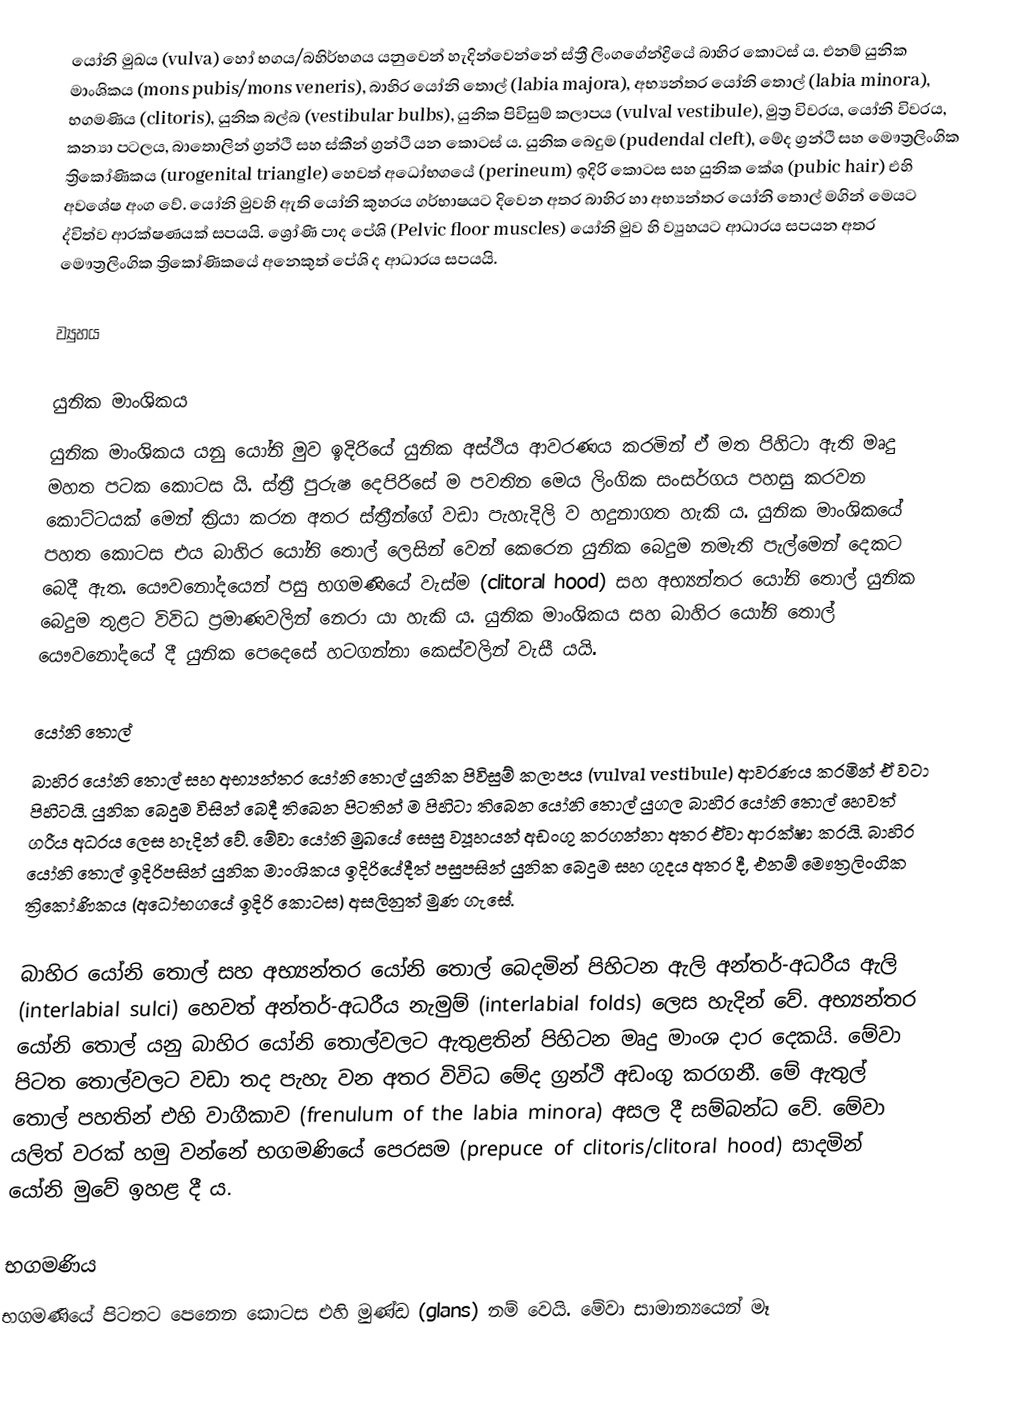
යෝනි මුඛය (vulva) හෝ භගය/බහිර්භගය යනුවෙන් හැදින්වෙන්නේ ස්ත්‍රී ලිංගගේන්ද්‍රියේ බාහිර කොටස් ය. එනම් යුනික මාංශිකය (mons pubis/mons veneris), බාහිර යෝනි තොල් (labia majora), අභ්‍යන්තර යෝනි තොල් (labia minora), භගමණිය (clitoris), යුනික බල්බ (vestibular bulbs), යුනික පිවිසුම් කලාපය (vulval vestibule), මුත්‍ර විවරය, යෝනි විවරය, කන්‍යා පටලය, බාතොලින් ග්‍රන්ථි සහ ස්කීන් ග්‍රන්ථි යන කොටස් ය. යුනික බෙදුම (pudendal cleft), මේද ග්‍රන්ථි සහ මෞත්‍රලිංගික ත්‍රිකෝණිකය (urogenital triangle) හෙවත් අධෝභගයේ (perineum) ඉදිරි කොටස සහ යුනික කේශ (pubic hair) එහි අවශේෂ අංග වේ. යෝනි මුවහි ඇති යෝනි කුහරය ගර්භාෂයට දිවෙන අතර බාහිර හා අභ්‍යන්තර යෝනි තොල් මගින් මෙයට ද්විත්ව ආරක්ෂණයක් සපයයි. ශ්‍රෝණි පාද පේශි (Pelvic floor muscles) යෝනි මුව හි ව්‍යුහයට ආධාරය සපයන අතර මෞත්‍රලිංගික ත්‍රිකෝණිකයේ අනෙකුත් පේශි ද ආධාරය සපයයි.

ව්‍යුහය

යුනික මාංශිකය
යුනික මාංශිකය යනු යෝනි මුව ඉදිරියේ යුනික අස්ථිය ආවරණය කරමින් ඒ මත පිහිටා ඇති මෘදු මහත පටක කොටස යි. ස්ත්‍රී පුරුෂ දෙපිරිසේ ම පවතින මෙය ලිංගික සංසර්ගය පහසු කරවන කොට්ටයක් මෙන් ක්‍රියා කරන අතර ස්ත්‍රීන්ගේ වඩා පැහැදිලි ව හදුනාගත හැකි ය. යුනික මාංශිකයේ පහත කොටස එය බාහිර යෝනි තොල් ලෙසින් වෙන් කෙරෙන යුනික බෙදුම නමැති පැල්මෙන් දෙකට බෙදී ඇත. යෞවනෝදයෙන් පසු භගමණියේ වැස්ම (clitoral hood) සහ අභ්‍යන්තර යෝනි තොල් යුනික බෙදුම තුළට විවිධ ප්‍රමාණවලින් නෙරා යා හැකි ය. යුනික මාංශිකය සහ බාහිර යෝනි තොල් යෞවනෝදයේ දී යුනික පෙදෙසේ හටගන්නා කෙස්වලින් වැසී යයි.

යෝනි තොල්
බාහිර යෝනි තොල් සහ අභ්‍යන්තර යෝනි තොල් යුනික පිවිසුම් කලාපය (vulval vestibule) ආවරණය කරමින් ඒ වටා පිහිටයි. යුනික බෙදුම විසින් බෙදී තිබෙන පිටතින් ම පිහිටා තිබෙන යෝනි තොල් යුගල බාහිර යෝනි තොල් හෙවත් ගරීය අධරය ලෙස හැදින් වේ. මේවා යෝනි මුඛයේ සෙසු ව්‍යූහයන් අඩංගු කරගන්නා අතර ඒවා ආරක්ෂා කරයි. බාහිර යෝනි තොල් ඉදිරිපසින් යුනික මාංශිකය ඉදිරියේදීත් පසුපසින් යුනික බෙදුම සහ ගුදය අතර දී, එනම් මෞත්‍රලිංගික ත්‍රිකෝණිකය (අධෝභගයේ ඉදිරි කොටස) අසලිනුත් මුණ ගැසේ.

බාහිර යෝනි තොල් සහ අභ්‍යන්තර යෝනි තොල් බෙදමින් පිහිටන ඇලි අන්තර්-අධරීය ඇලි (interlabial sulci) හෙවත් අන්තර්-අධරීය නැමුම් (interlabial folds) ලෙස හැදින් වේ. අභ්‍යන්තර යෝනි තොල් යනු බාහිර යෝනි තොල්වලට ඇතුළතින් පිහිටන මෘදු මාංශ දාර දෙකයි. මේවා පිටත තොල්වලට වඩා තද පැහැ වන අතර විවිධ මේද ග්‍රන්ථි අඩංගු කරගනී. මේ ඇතුල් තොල් පහතින් එහි වාගීකාව (frenulum of the labia minora) අසල දී සම්බන්ධ වේ. මේවා යලිත් වරක් හමු වන්නේ භගමණියේ පෙරසම (prepuce of clitoris/clitoral hood) සාදමින් යෝනි මුවේ ඉහළ දී ය.

භගමණිය
භගමණියේ පිටතට පෙනෙන කොටස එහි මුණ්ඩ (glans) නම් වෙයි. මේවා සාමාන්‍යයෙන් මෑ